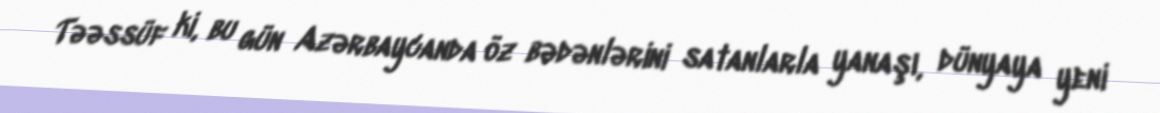
Təəssüf ki, bu gün Azərbaycanda öz bədənlərini satanlarla yanaşı, dünyaya yeni